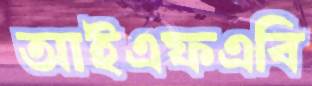
আইএফএবি